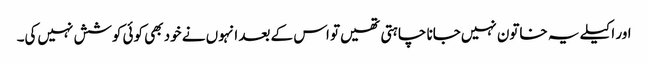
اور اکیلے یہ خاتون نہیں‌جانا چاہتی تھیں‌تو اس کے بعد انہوں نے خود بھی کوئی کوشش نہیں‌کی۔